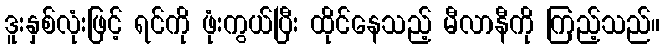
ဒူးနှစ်လုံးဖြင့် ရင်ကို ဖုံးကွယ်ပြီး ထိုင်နေသည့် မီလာနီကို ကြည့်သည်။